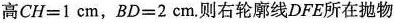
高$$C H = 1 c m$$，$$B D = 2 c m$$。则右轮廓线DFE所在抛物